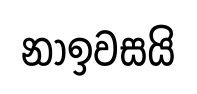
නාඉවසයි